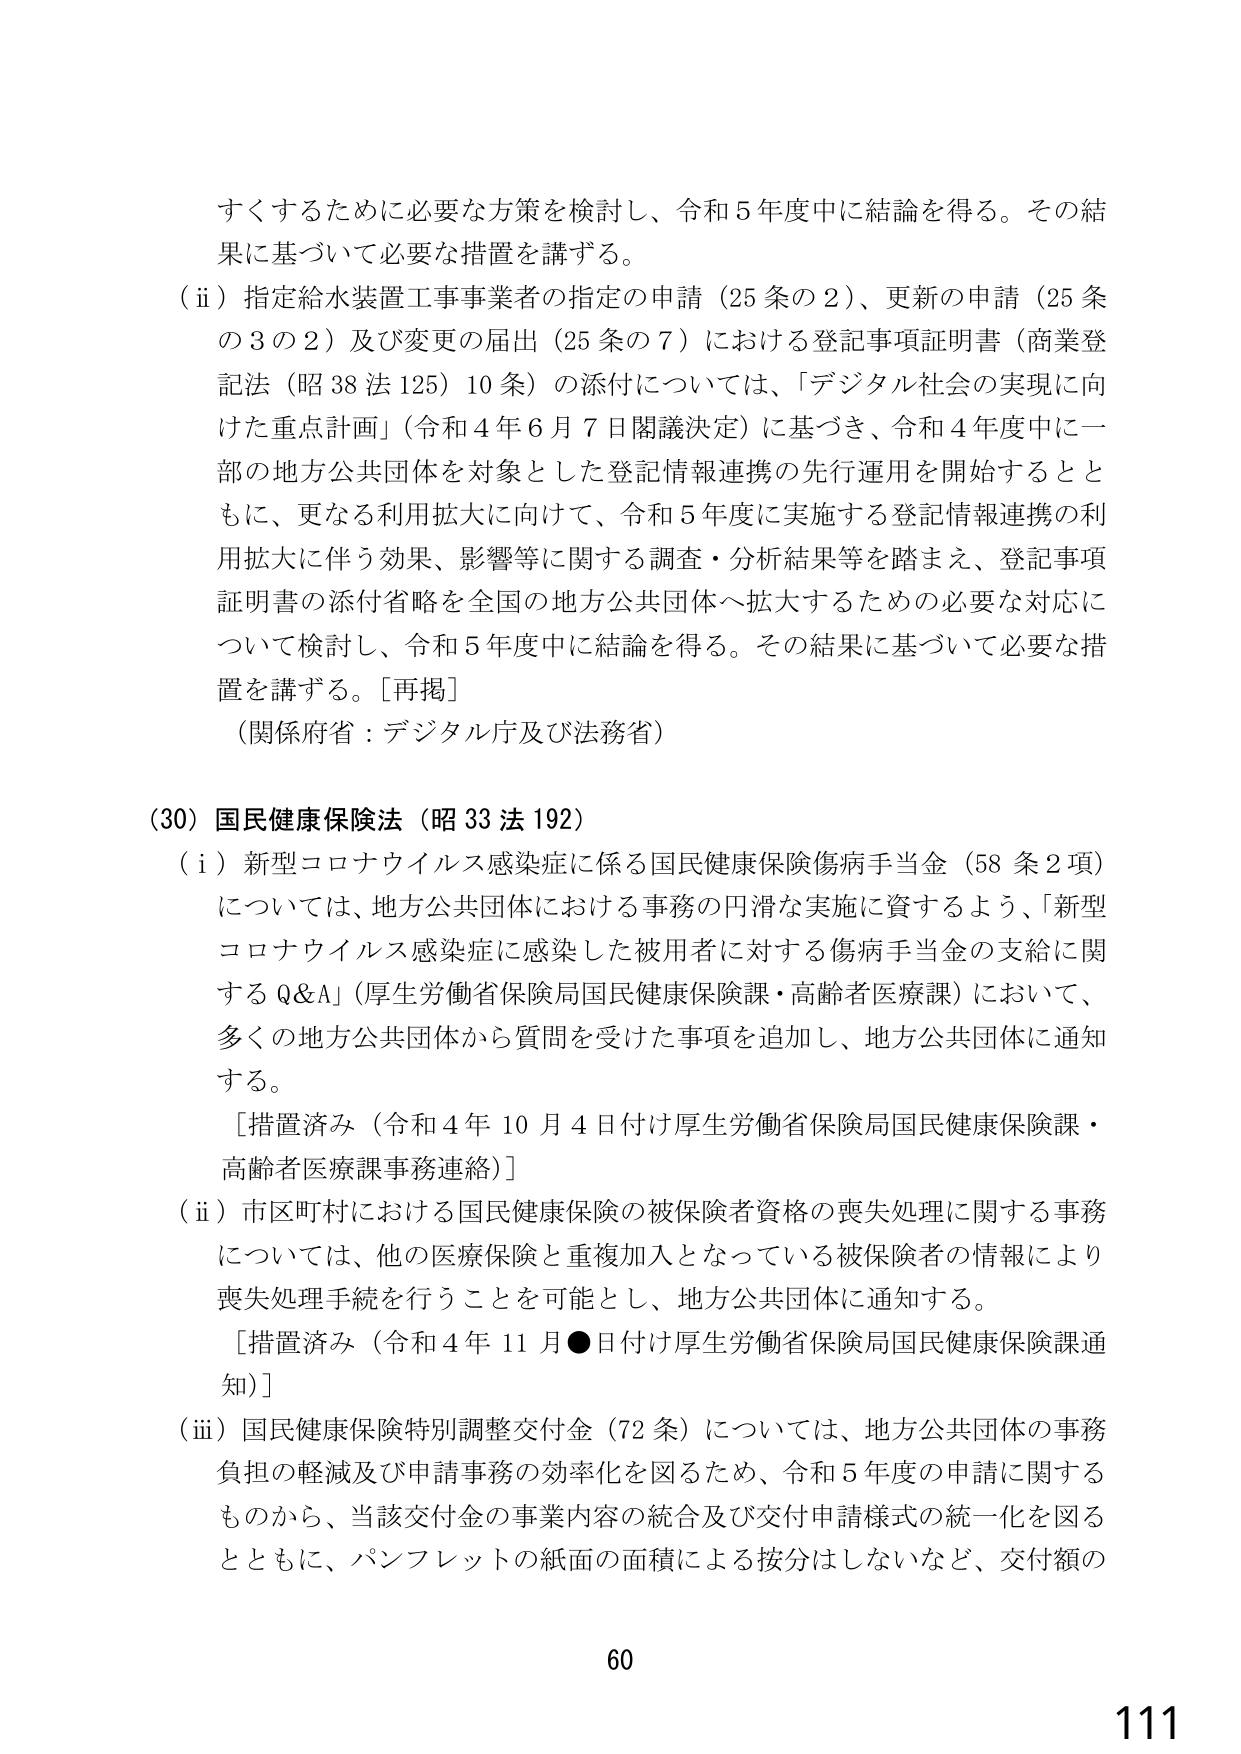
すくするために必要な方策を検討し、令和５年度中に結論を得る。その結果に基づいて必要な措置を講ずる。

（ⅱ）指定給水装置工事業者の指定の申請（25条の2）、更新の申請（25条の3の2）及び変更の届出（25条の7）における登記事項証明書（商業登記法（昭38法125）10条）の添付については、「デジタル社会の実現に向けた重点計画」（令和4年6月7日閣議決定）に基づき、令和4年度中に一部の地方公共団体を対象とした登記情報連携の先行運用を開始するとともに、更なる利用拡大に向けて、令和5年度に実施する登記情報連携の利用拡大に伴う効果、影響等に関する調査・分析結果等を踏まえ、登記事項証明書の添付省略を全国の地方公共団体へ拡大するための必要な対応について検討し、令和5年度中に結論を得る。その結果に基づいて必要な措置を講ずる。［再掲］

（関係府省：デジタル庁及び法務省）

（30）国民健康保険法（昭33法192）

（ⅰ）新型コロナウイルス感染症に係る国民健康保険傷病手当金（58条2項）については、地方公共団体における事務の円滑な実施に資するよう、「新型コロナウイルス感染症に感染した被用者に対する傷病手当金の支給に関するQ&A」（厚生労働省保険局国民健康保険課・高齢者医療課）において、多くの地方公共団体から質問を受けた事項を追加し、地方公共団体に通知する。

［措置済み（令和4年10月4日付け厚生労働省保険局国民健康保険課・高齢者医療課事務連絡）］

（ⅱ）市区町村における国民健康保険の被保険者資格の喪失処理に関する事務については、他の医療保険と重複加入となっている被保険者の情報により喪失処理手続を行うことを可能とし、地方公共団体に通知する。

［措置済み（令和4年11月●日付け厚生労働省保険局国民健康保険課通知）］

（ⅲ）国民健康保険特別調整交付金（72条）については、地方公共団体の事務負担の軽減及び申請事務の効率化を図るため、令和5年度の申請に関するものから、当該交付金の事業内容の統合及び交付申請様式の統一化を図るとともに、パンフレットの紙面の面積による按分はしないなど、交付額の

60
111